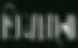
খিমচানো